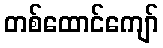
တစ်ထောင်ကျော်